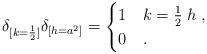
LaTeX: \begin{align*} \delta_{[k = \frac{1}{2}]} \delta_{[h = a^2]} = \begin{cases} 1 & k = \frac{1}{2} \; h \; , \\ 0 & . \end{cases}\end{align*}